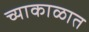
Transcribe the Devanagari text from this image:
च्याकाळात